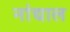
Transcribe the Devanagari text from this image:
नांद्याल